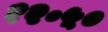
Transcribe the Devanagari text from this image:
१२॰५०